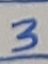
Text: 3